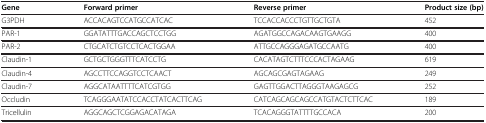
<table><thead><tr><td><b>Gene</b></td><td><b>Forward primer</b></td><td><b>Reverse primer</b></td><td><b>Product size (bp)</b></td></tr></thead><tbody><tr><td>G3PDH</td><td>ACCACAGTCCATGCCATCAC</td><td>TCCACCACCCTGTTGCTGTA</td><td>452</td></tr><tr><td>PAR-1</td><td>GGATATTTGACCAGCTCCTGG</td><td>AGATGGCCAGACAAGTGAAGG</td><td>400</td></tr><tr><td>PAR-2</td><td>CTGCATCTGTCCTCACTGGAA</td><td>ATTGCCAGGGAGATGCCAATG</td><td>400</td></tr><tr><td>Claudin-1</td><td>GCTGCTGGGTTTCATCCTG</td><td>CACATAGTCTTTCCCACTAGAAG</td><td>619</td></tr><tr><td>Claudin-4</td><td>AGCCTTCCAGGTCCTCAACT</td><td>AGCAGCGAGTAGAAG</td><td>249</td></tr><tr><td>Claudin-7</td><td>AGGCATAATTTTCATCGTGG</td><td>GAGTTGGACTTAGGGTAAGAGCG</td><td>252</td></tr><tr><td>Occludin</td><td>TCAGGGAATATCCACCTATCACTTCAG</td><td>CATCAGCAGCAGCCATGTACTCTTCAC</td><td>189</td></tr><tr><td>Tricellulin</td><td>AGGCAGCTCGGAGACATAGA</td><td>TCACAGGGTATTTTGCCACA</td><td>200</td></tr></tbody></table>